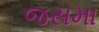
જસમા